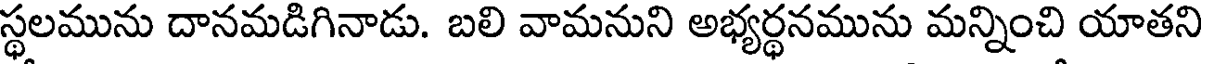
స్థలమును దానమడిగినాడు. బలి వామనుని అభ్యర్థనమును మన్నించి యాతని